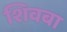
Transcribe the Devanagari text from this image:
शिवबा